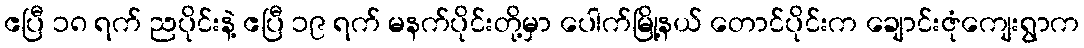
ဧပြီ ၁၈ ရက် ညပိုင်းနဲ့ ဧပြီ ၁၉ ရက် မနက်ပိုင်းတို့မှာ ပေါက်မြို့နယ် တောင်ပိုင်းက ချောင်းဇုံကျေးရွာက